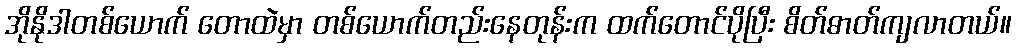
အိုနိုဒါတစ်ယောက် တောထဲမှာ တစ်ယောက်တည်းနေတုန်းက ထက်တောင်ပိုပြီး စိတ်ဓာတ်ကျလာတယ်။